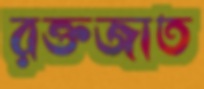
রক্তজাত